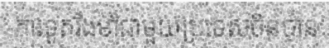
ការទូតរឹងមាំជាមួយប្រទេសចិនបាន